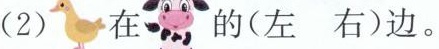
(2) 在 的(左 右)边。